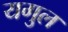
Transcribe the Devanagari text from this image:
यगुल